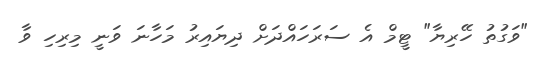
"ވަގުތު ހޭރިޔާ" ޓީމް އެ ސަރަހައްދަށް ދިޔައިރު މަހާނަ ވަނީ މިރިހި ވާ